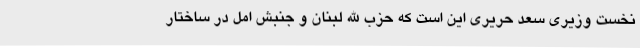
نخست وزیری سعد حریری این است که حزب الله لبنان و جنبش امل در ساختار